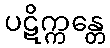
ပဋိက္ကန္တေ